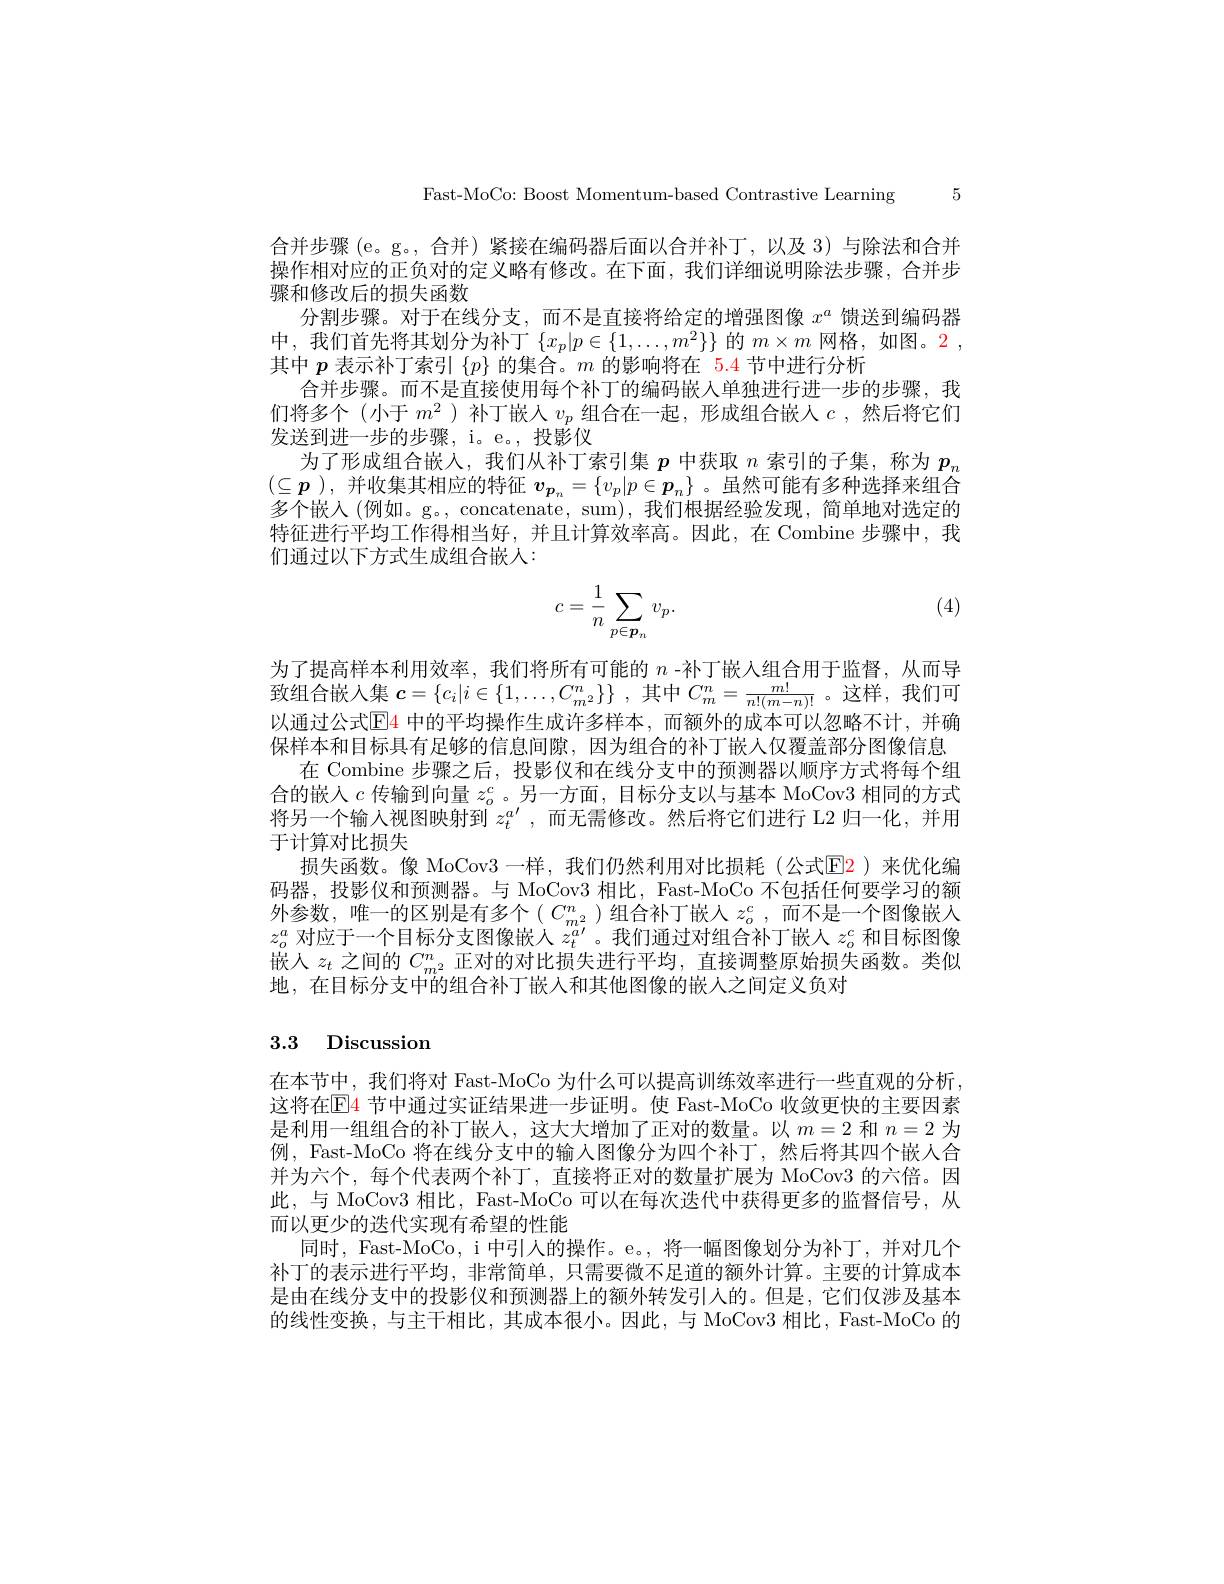
Fast-MoCo: Boost Momentum-based Contrastive Learning 5

合并步骤 (e。g。, 合并) 紧接在编码器后面以合并补丁，以及 3)与除法和合并操作相对应的正负对的定义略有修改。在下面，我们详细说明除法步骤，合并步骤和修改后的损失函数
分割步骤。对于在线分支，而不是直接将给定的增强图像$x^a$馈送到编码器中，我们首先将其划分为补丁$\{x_p|p\in\{1,\ldots,m^2\}\}$的$m\times m$网格，如图。2 , 其中$p$表示补丁索引$\{p\}$的集合。$m$的影响将在 5.4 节中进行分析
合并步骤。而不是直接使用每个补丁的编码嵌入单独进行进一步的步骤，我们将多个(小于$m^2$ )补丁嵌人$v_p$组合在一起，形成组合嵌人$c$ ,然后将它们发送到进一步的步骤，i。e。,投影仪
为了形成组合嵌人，我们从补丁索引集$p$中获取$n$索引的子集，称为$p_n$ $(\subseteq p$ ),并收集其相应的特征$v_{\boldsymbol{p}_n}=\{v_p|p\in\boldsymbol{p}_n\}$ 。虽然可能有多种选择来组合多个嵌人 (例如。g。, concatenate, sum), 我们根据经验发现，简单地对选定的特征进行平均工作得相当好，并且计算效率高。因此，在 Combine 步骤中，我们通过以下方式生成组合嵌人：

(4)
$$c=\dfrac{1}{n}\sum_{p\in\boldsymbol{p}_{n}}v_{p}.$$
为了提高样本利用效率，我们将所有可能的$n$ -补丁嵌入组合用于监督，从而导致组合嵌入集$c= \{ c_i| i\in \{ 1, \ldots , C_{m^2}^n\} \}$ ,其中$C_m^n=\frac{m!}{n!(m-n)!}$ 。这样，我们可以通过公式$\color{blue}{\mathrm{E}}\color{blue}{\mathrm{A}}$ 中的平均操作生成许多样本，而额外的成本可以忽略不计，并确保样本和目标具有足够的信息间隙，因为组合的补丁嵌人仅覆盖部分图像信息
在 Combine 步骤之后，投影仪和在线分支中的预测器以顺序方式将每个组合的嵌入$c$ 传输到向量 $z_o^c$。另一方面，目标分支以与基本 MoCov3 相同的方式将另一个输入视图映射到$z_t^{a^{\prime}}$,而无需修改。然后将它们进行 L2 归一化，并用于计算对比损失
码器，投影仪和预测器。与 MoCov3 相比，Fast-MoCo 不包括任何要学习的额外参数，唯一的区别是有多个$(C_{m^2}^n)$组合补丁嵌人 $z_o^c$, 而不是一个图像嵌入$z_o^a$对应于一个目标分支图像嵌人$z_t^{a^{\prime}}$。我们通过对组合补丁嵌人$z_o^c$和目标图像嵌人$z_t$之间的$C_m^2$正对的对比损失进行平均，直接调整原始损失函数。类似地，在目标分支中的组合补丁嵌入和其他图像的嵌人之间定义负对

## 3.3 Discussion

在本节中，我们将对 Fast-MoCo 为什么可以提高训练效率进行一些直观的分析， 这将在LE4 节中通过实证结果进一步证明。使 Fast-MoCo 收敛更快的主要因素是利用一组组合的补丁嵌人，这大大增加了正对的数量。以$m=2$和$n=2$为例，Fast-MoCo 将在线分支中的输入图像分为四个补丁，然后将其四个嵌人合并为六个，每个代表两个补丁，直接将正对的数量扩展为 MoCov3 的六倍。因此，与 MoCov3 相比，Fast-MoCo 可以在每次迭代中获得更多的监督信号，从而以更少的迭代实现有希望的性能
同时，Fast-MoCo, i 中引人的操作。e。, 将一幅图像划分为补丁，并对几个补丁的表示进行平均，非常简单，只需要微不足道的额外计算。主要的计算成本是由在线分支中的投影仪和预测器上的额外转发引人的。但是，它们仅涉及基本的线性变换，与主干相比，其成本很小。因此，与 MoCov3 相比，Fast-MoCo 的